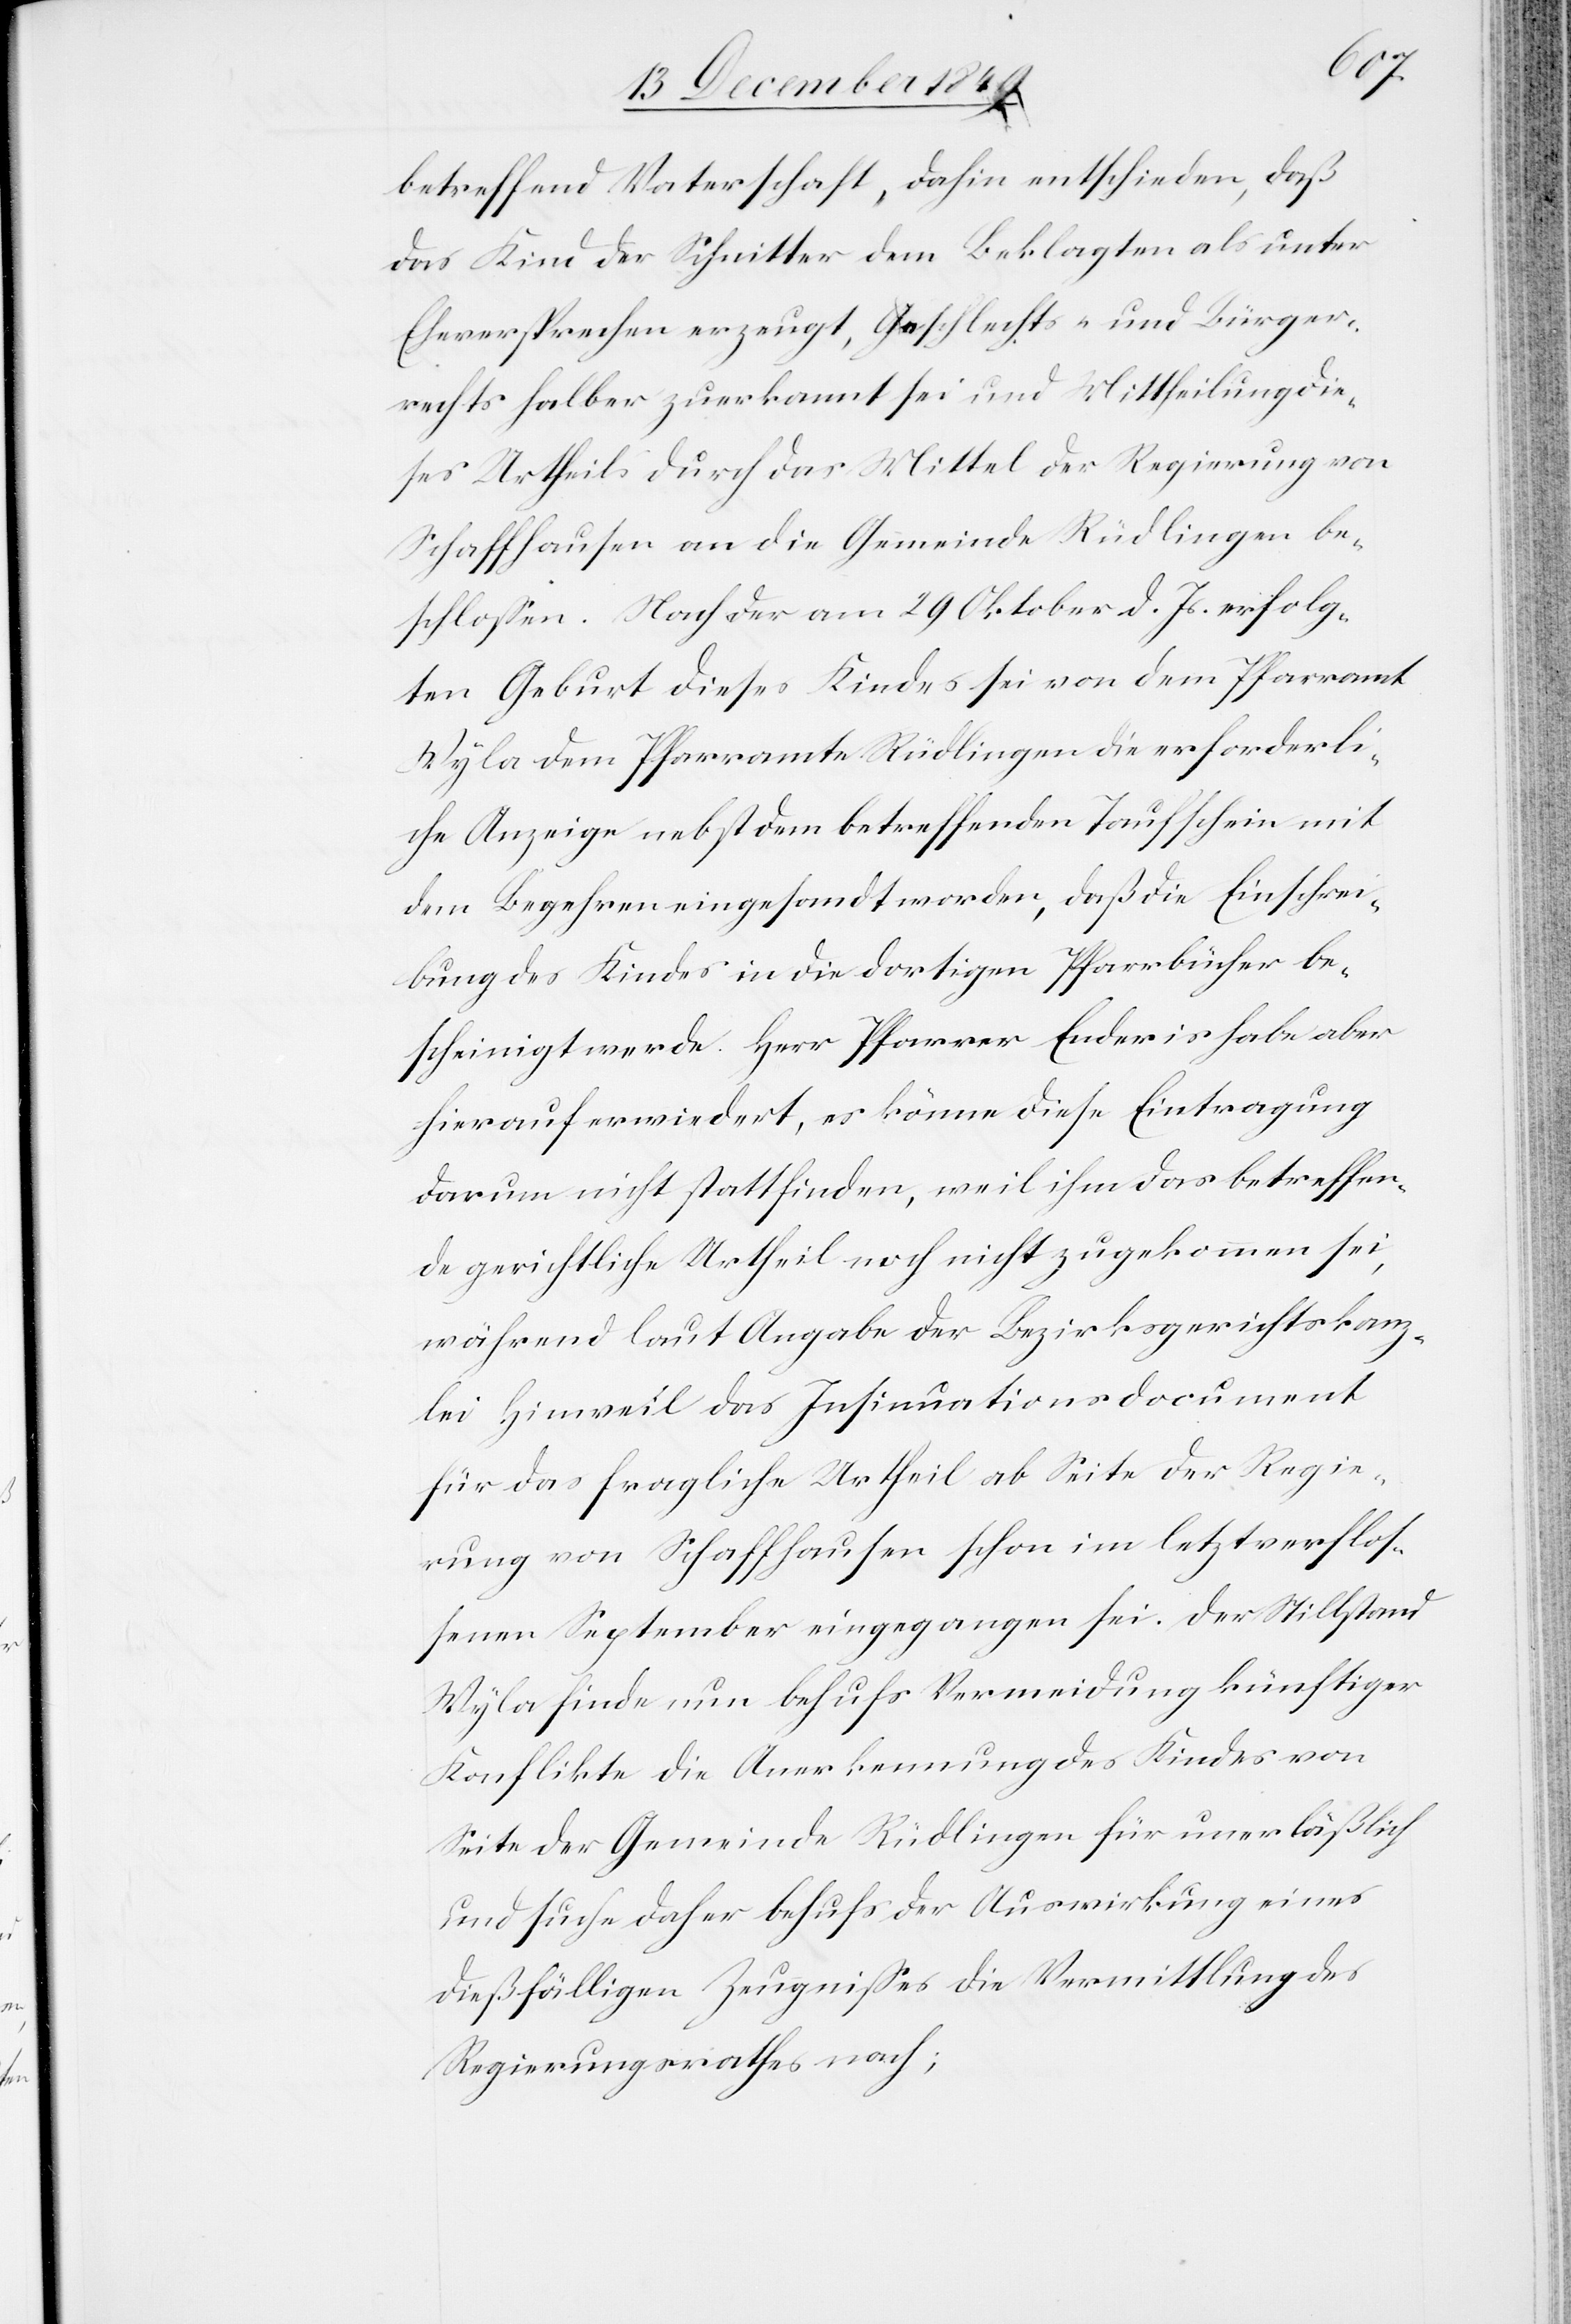
betreffend Vaterschaft, dahin entschieden, daß
das Kind der Schnitter dem Beklagten als unter
Eheversprechen erzeugt, Geschlechts- und Bürger¬
rechts halber zuerkannt sei und Mittheilung die¬
ses Urtheils durch das Mittel der Regierung von
Schaffhausen an die Gemeinde Rüdlingen be¬
schloßen. Nach der am 29 Oktober d. Js. erfolg¬
ten Geburt dieses Kindes sei von dem Pfarramt
Wyla dem Pfarramte Rüdlingen die erforderli¬
che Anzeige nebst dem betreffenden Taufschein mit
dem Begehren eingesandt worden, daß die Einschrei¬
bung des Kindes in die dortigen Pfarrbücher be¬
scheinigt werde. Herr Pfarrer Enderis habe aber
hierauf erwiedert, es könne diese Eintragung
darum nicht stattfinden, weil ihm das betreffen¬
de gerichtliche Urtheil noch nicht zugekommen sei,
während laut Angabe der Bezirksgerichtskanz¬
lei Hinweil das Insinuationsdocument
für das fragliche Urtheil ab Seite der Regie¬
rung von Schaffhausen schon im letztverflos¬
senen September eingegangen sei. Der Stillstand
Wyla finde nun behufs Vermeidung künftiger
Konflikte die Anerkennung des Kindes von
Seite der Gemeinde Rüdlingen für unerläßlich
und suche daher behufs der Auswirkung eines
dießfälligen Zeugnißes die Vermittlung des
Regierungsrathes nach;